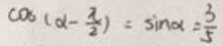
\cos ( \alpha - \frac { \pi } { 2 } ) = \sin \alpha = \frac { 3 } { 5 }